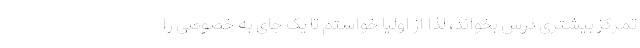
تمرکز بیشتری درس بخواند، لذا از اولیا خواستم تا یک جای به خصوصی را